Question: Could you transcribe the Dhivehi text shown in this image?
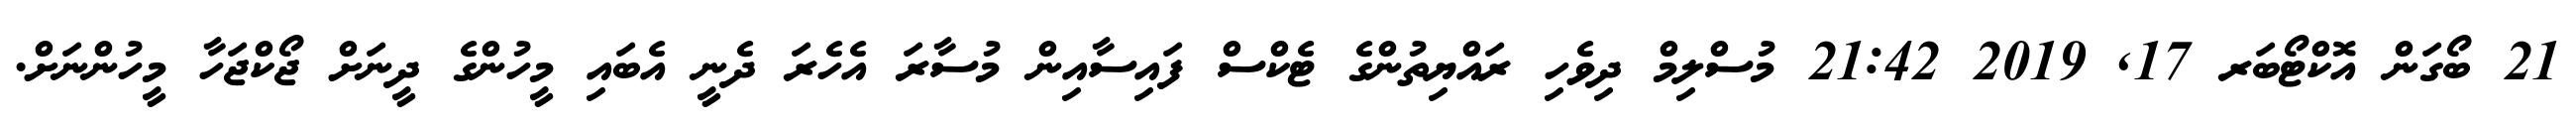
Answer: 21 ބޯގަން އޮކްޓޯބަރ 17, 2019 21:42 މުސްލިމް ދިވެހި ރައްޔިތުންގެ ޓެކްސް ފައިސާއިން މުސާރަ އެހެރަ ދެނީ އެބައި މީހުންގެ ދީނަށް ޖޯކްޖަހާ މީހުންނަށް.